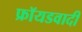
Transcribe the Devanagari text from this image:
फ्रॉयडवादी